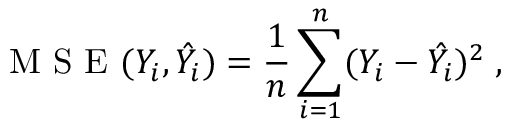
\mathrm { ~ M ~ S ~ E ~ } ( Y _ { i } , \hat { Y _ { i } } ) = { \frac { 1 } { n } } \sum _ { i = 1 } ^ { n } ( Y _ { i } - { \hat { Y _ { i } } } ) ^ { 2 } \; ,